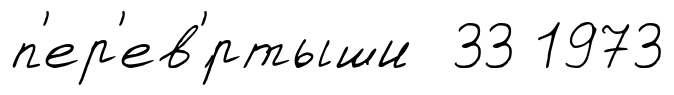
п'ер'ев'́ртыши 33 1973